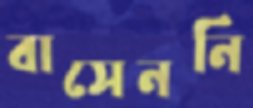
বাসেননি